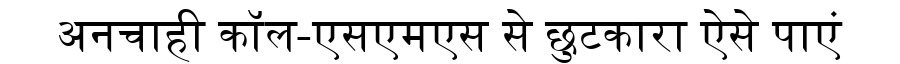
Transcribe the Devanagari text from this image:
अनचाही कॉल-एसएमएस से छुटकारा ऐसे पाएं